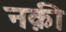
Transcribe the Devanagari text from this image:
नक़ी